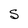
Character: S